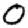
Digit: 0